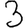
Digit: 3